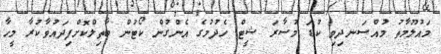
މައުލޫމާތު މުއްސަނދިވި ކުޑަ މުސާރަ ޝީޓް ހެދުމުގެ އެންގުން ކޯޓުން ބާތިލްކޮށްފިދައުވާކުރާ މީހާ